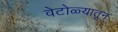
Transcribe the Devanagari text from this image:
वेटोळ्यातून